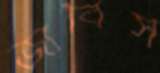
জার্বিস